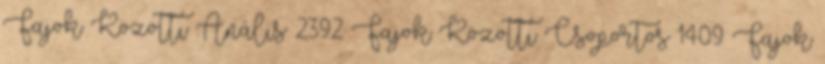
Fajok Közötti Anális 2392 Fajok Közötti Csoportos 1409 Fajok